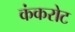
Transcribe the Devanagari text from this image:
कंकरोट